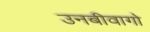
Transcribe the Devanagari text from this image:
उनबीवागो